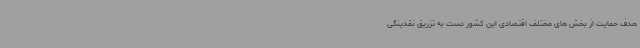
هدف حمایت از بخش های مختلف اقتصادی این کشور دست به تزریق نقدینگی